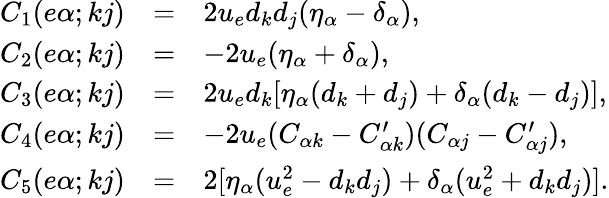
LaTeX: \begin{array}{rcl}{{\displaystyle C_{1}(e\alpha;kj)}}&{{=}}&{{2u_{e}d_{k}d_{j}(\eta_{\alpha}-\delta_{\alpha}),}}\\ {{\displaystyle C_{2}(e\alpha;kj)}}&{{=}}&{{-2u_{e}(\eta_{\alpha}+\delta_{\alpha}),}}\\ {{\displaystyle C_{3}(e\alpha;kj)}}&{{=}}&{{2u_{e}d_{k}[\eta_{\alpha}(d_{k}+d_{j})+\delta_{\alpha}(d_{k}-d_{j})],}}\\ {{\displaystyle C_{4}(e\alpha;kj)}}&{{=}}&{{-2u_{e}(C_{\alpha k}-C_{\alpha k}^{\prime})(C_{\alpha j}-C_{\alpha j}^{\prime}),}}\\ {{\displaystyle C_{5}(e\alpha;kj)}}&{{=}}&{{2[\eta_{\alpha}(u_{e}^{2}-d_{k}d_{j})+\delta_{\alpha}(u_{e}^{2}+d_{k}d_{j})].}}\end{array}